Rasina_vallavalitsus, lk 2
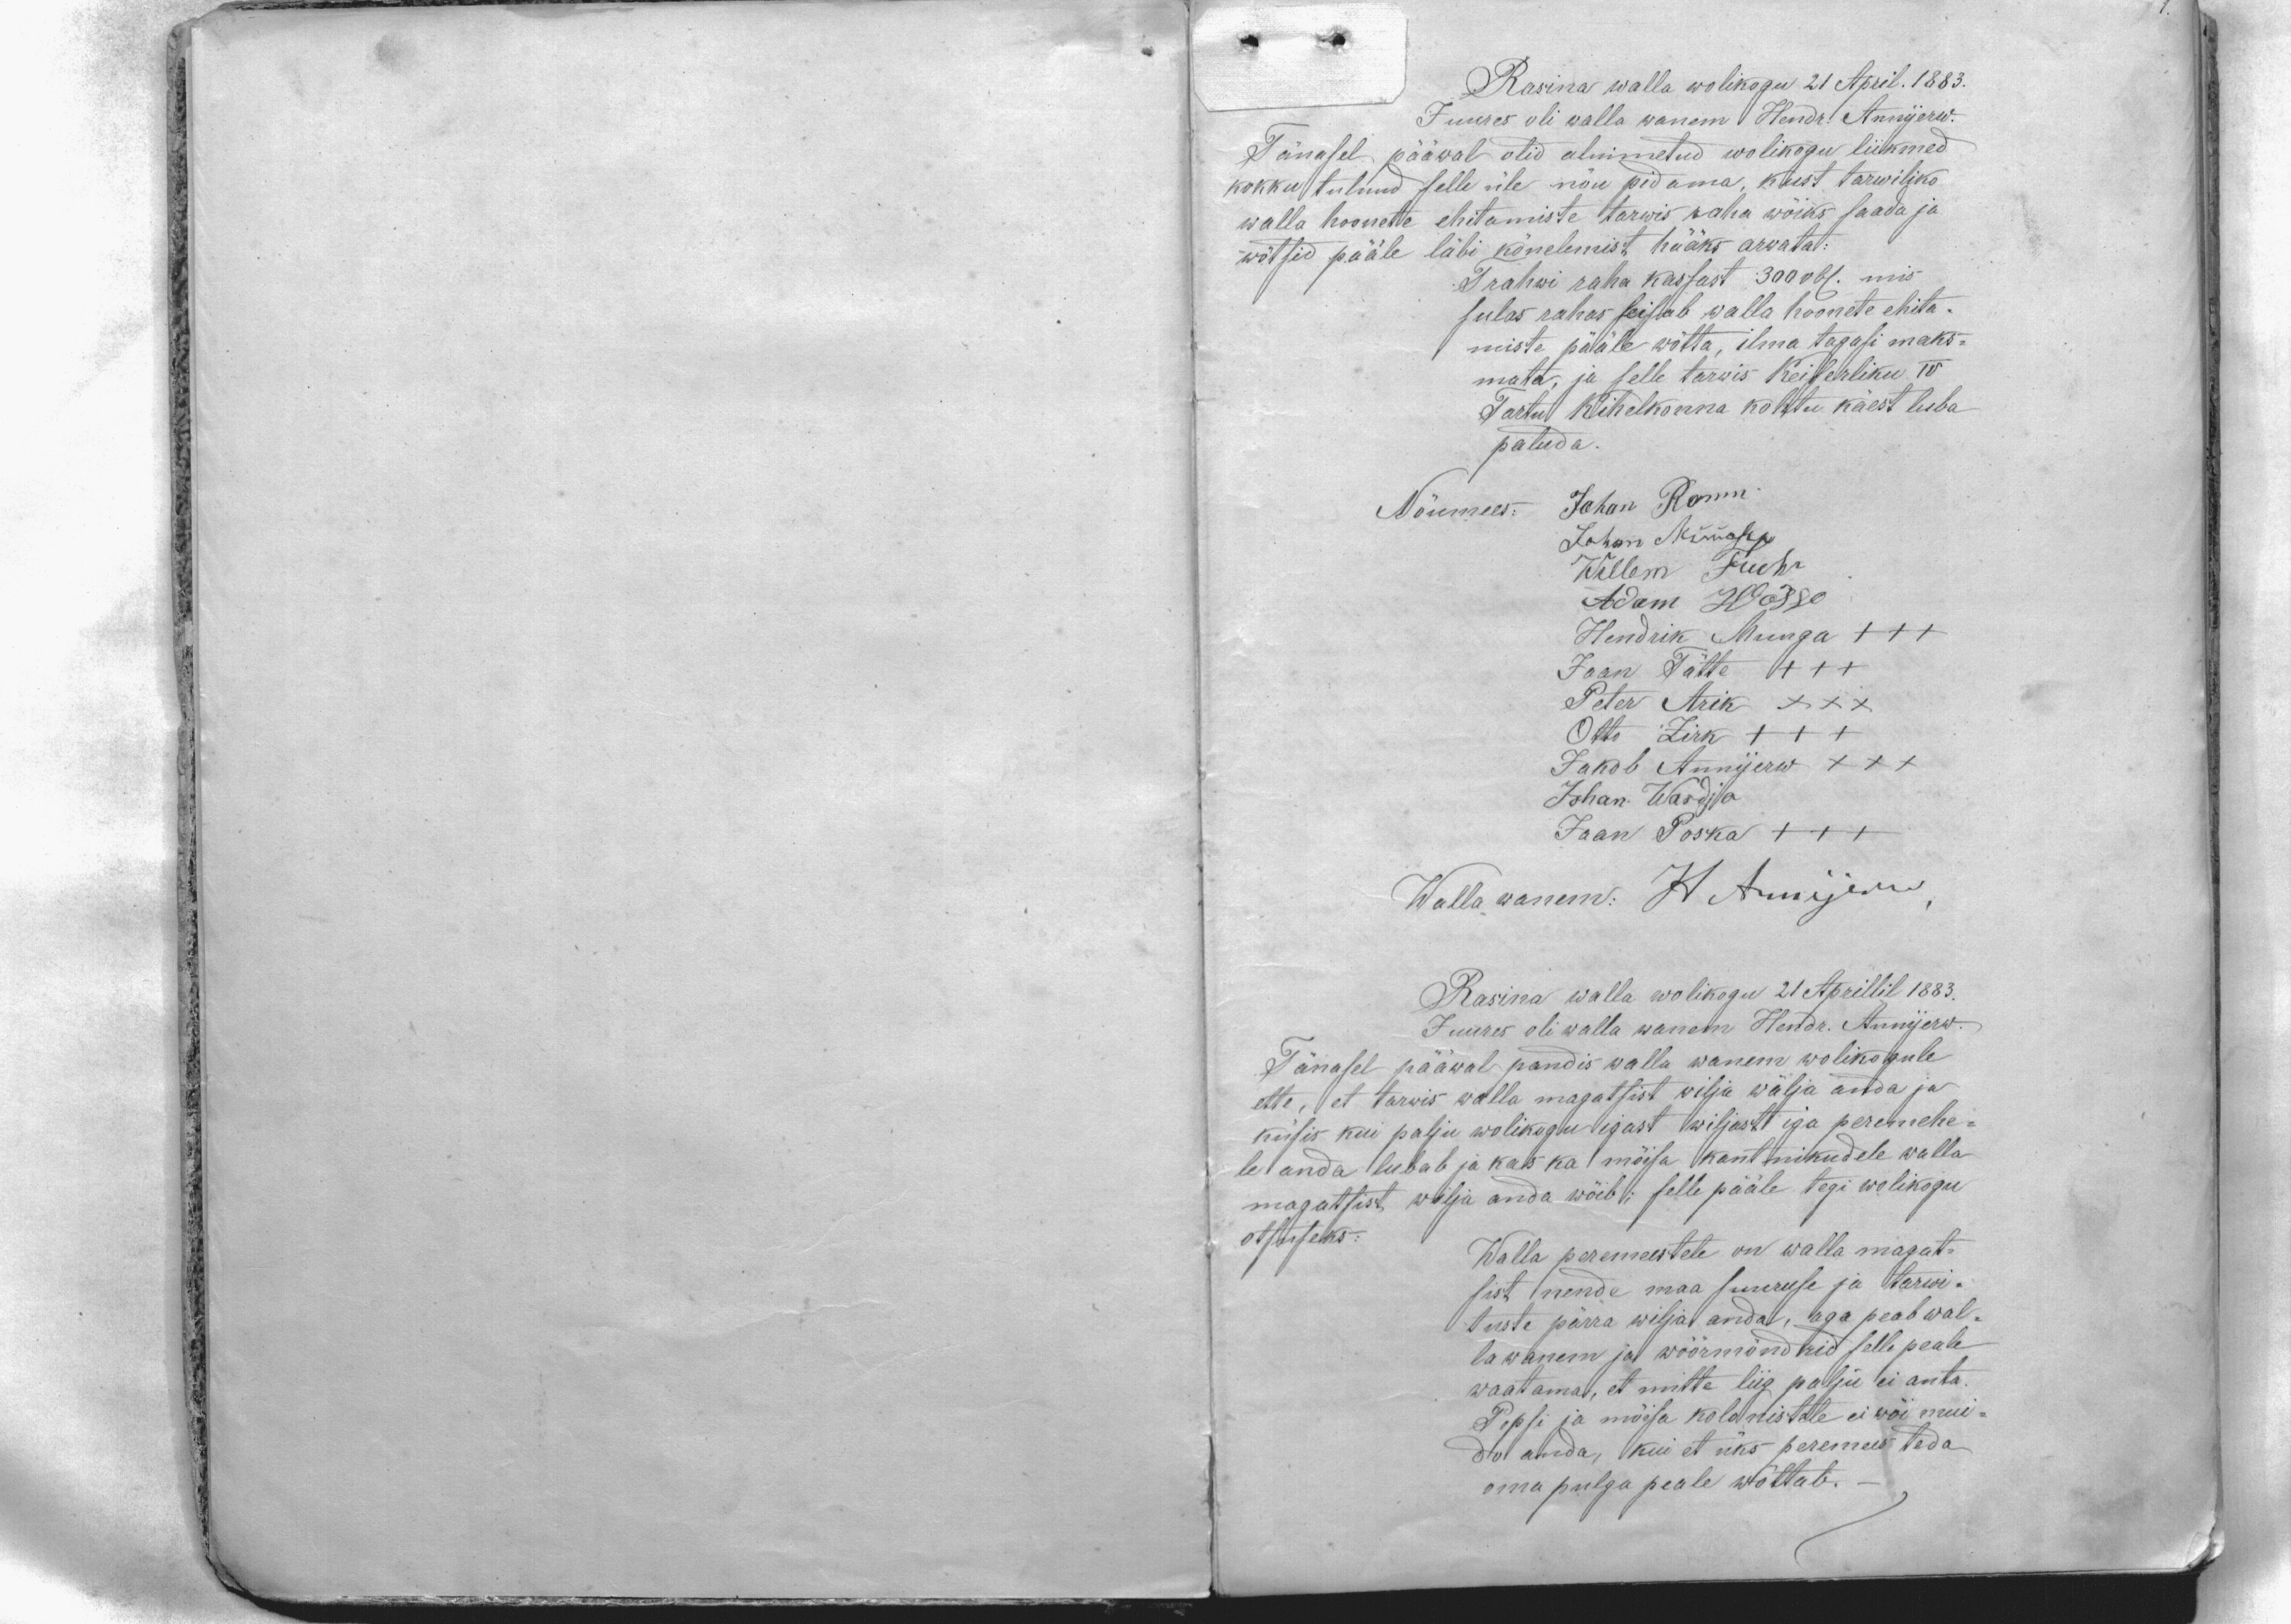
Rasina walla wolikogu 21 April. 1883.
Juures oli walla wanem Hendr. Annijerw.
Tänasel pääwal olid alnimetud wolikogu liikmed
kokku tulnud selle üle nõu pidama, kust tarwiliko
walla hoonete ehitamiste tarwis raha wõiks saada ja
wõtsid pääle läbi kõnelemist hääks arwata:
Trahwi raha kassast 300 rbl. mis
sulas rahas seistab walla hoonete ehita-
miste pääle wõtta, ilma tagasi maks-
mata, ja selle tarwis Keiserliku IV
Tartu Kihelkonna kohtu käest luba
paluda
Nõumees: Johan Romm
Johan Müürsep
Willem Fuchs
Adam Wõgge
Hendrik Munga +++
Jaan Tätte +++
Peter Arik XXX
Otto Zirk +++
Jakob Annijerw XXX
Johan Wardja
Jaan Poska +++
Wallawanem: H. Annijerw
Rasina walla wolikogu 21 Aprillil 1883.
Juures oli walla wanem Hendr. Annijerw.
Tänasel pääwal pandis walla wanem wolikogule
ette, et tarwis walla magatsist wilja wälja anda ja
küsis kui palju wolikogu igast wiljast iga peremehe-
le anda lubab ja kas ka mõisa kantnikudele walla
magatsist wilja anda wõib;  selle pääle tegi wolikogu
otsuseks:
Walla peremeestele on walla magat-
sist nende maa suuruse ja tarwi-
tuste pärra wilja anda, aga peab wal-
la wanem ja wöörmündrid selle peale
waatama, et mitte liig palju ei anta.
Popsi ja mõisa kolonistele ei wõi mui-
du anda, kui et üks peremees teda
oma pulga peale wõttab.